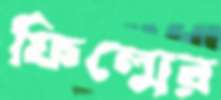
ফিল্মের